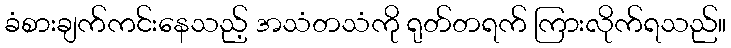
ခံစားချက်ကင်းနေသည့် အသံတသံကို ရုတ်တရက် ကြားလိုက်ရသည်။